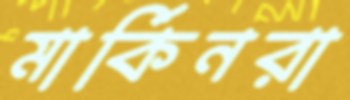
মার্কিনরা